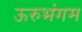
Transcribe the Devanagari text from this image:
ऊरुभंगम